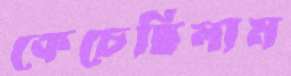
কেচেছিলাম